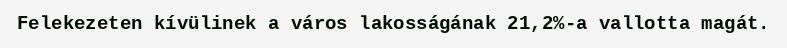
Felekezeten kívülinek a város lakosságának 21,2%-a vallotta magát.